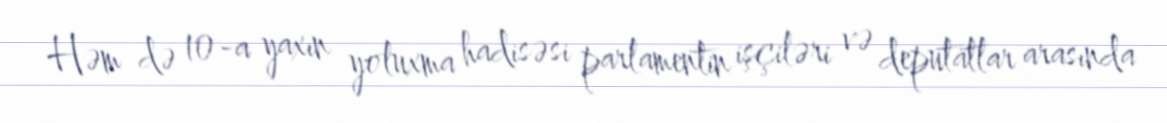
Həm də 10-a yaxın yoluxma hadisəsi parlamentin işçiləri və deputatlar arasında